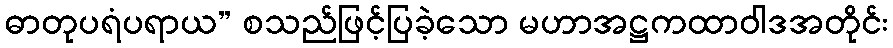
ဓာတုပရံပရာယ” စသည်ဖြင့်ပြခဲ့သော မဟာအဋ္ဌကထာဝါဒအတိုင်း